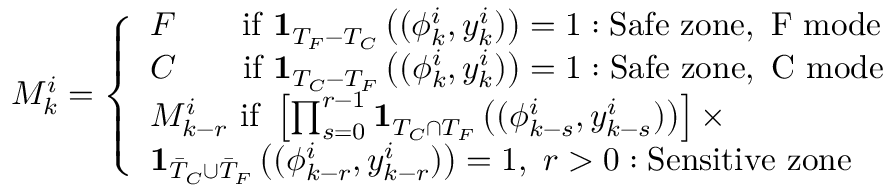
M _ { k } ^ { i } = \left\{ \begin{array} { l l } { F \qquad \mathrm { i f } \ \mathbf { 1 } _ { T _ { F } - T _ { C } } \left( ( \phi _ { k } ^ { i } , y _ { k } ^ { i } ) \right) = 1 : \mathrm { S a f e ~ z o n e , ~ F ~ m o d e } } \\ { C \qquad \mathrm { i f } \ \mathbf { 1 } _ { T _ { C } - T _ { F } } \left( ( \phi _ { k } ^ { i } , y _ { k } ^ { i } ) \right) = 1 : \mathrm { S a f e ~ z o n e , ~ C ~ m o d e } } \\ { M _ { k - r } ^ { i } \ \mathrm { i f } \ \left[ \prod _ { s = 0 } ^ { r - 1 } \mathbf { 1 } _ { T _ { C } \cap T _ { F } } \left( ( \phi _ { k - s } ^ { i } , y _ { k - s } ^ { i } ) \right) \right] \times } \\ { \mathbf { 1 } _ { \bar { T } _ { C } \cup \bar { T } _ { F } } \left( ( \phi _ { k - r } ^ { i } , y _ { k - r } ^ { i } ) \right) = 1 , \ r > 0 : \mathrm { S e n s i t i v e ~ z o n e } } \end{array} \right.